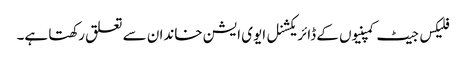
فلیکس جیٹ کمپنیوں کے ڈائریکشنل ایوی ایشن خاندان سے تعلق رکھتا ہے۔